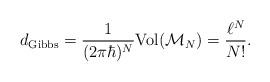
LaTeX: \begin{align*}d_{\rm Gibbs}=\frac{1}{(2\pi\hbar)^{N}}{\rm Vol}({\cal M}_{N})=\frac{\ell^{N}}{N!}.\end{align*}